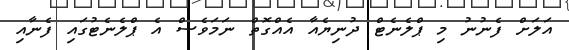
އަލަށް ފެނުނު މި ޕްލެނެޓް ދުނިޔެެއާ އެއްގޮތް ނަމަވެސް އެ ޕްލެނެޓުގައި ފެނާއި